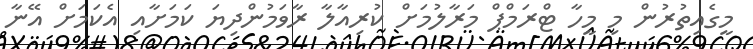
މީގެއިތުރުން މި މީހާ ޓްރަމްޕް މަރާލުމަށް ކުރިއާލާ ރާވަމުންދިޔަ ކަމަށާއި އެކަމަށް އޭނާ